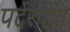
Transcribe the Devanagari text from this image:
पर्देरहित